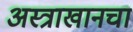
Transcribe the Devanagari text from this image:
अस्त्राखानचा